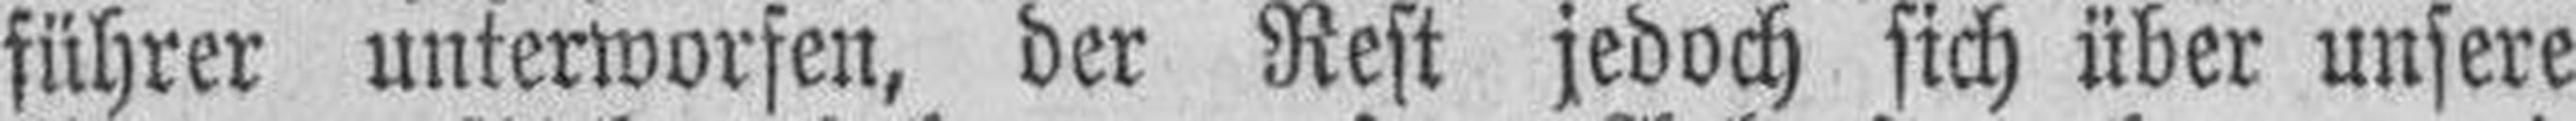
führer unterworfen, der Rest jedoch sich über unsere